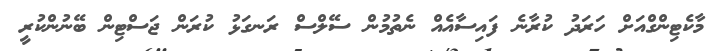
މާކެޓިންގްއަށް ހަރަދު ކުރާނެ ފައިސާއެއް ނެތުމުން ސޭލްސް ރަނގަޅު ކުރަން ޖަސްޓިން ބޭނުންކުރީ